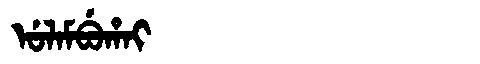
Manchu: ᡠᠯᠠᠮᠪᡠᡥᠠᡳ
Romanization: ULAMBUHAI